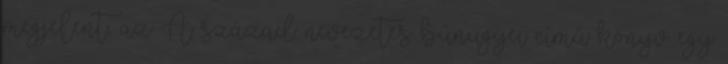
megjelent, az A század nevezetes bűnügyei című könyv egy